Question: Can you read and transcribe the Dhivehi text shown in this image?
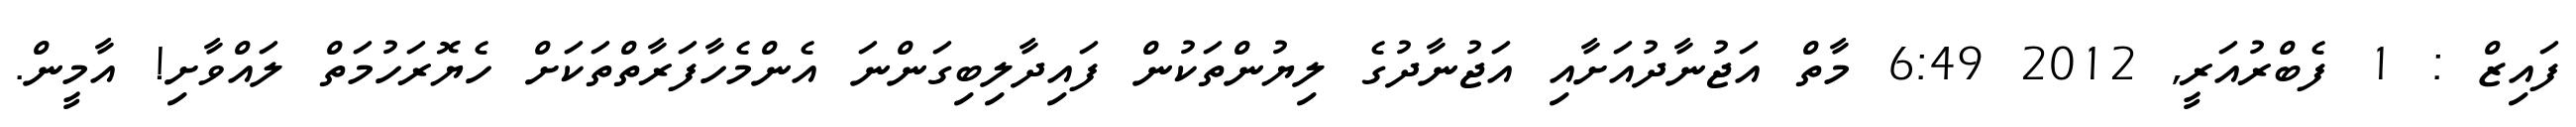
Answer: ފައިޒް : 1 ފެބްރުއަރީ, 2012 6:49 މާތް އަޖުނާދުއަށާއި އަޖުނާދުގެ ލިޔުންތަކުން ފައިދާލިބިގަންނަ އެންމެހާފަރާތްތަކަށް ހެޔޮރަހުމަތް ލައްވާށި! އާމީން.